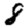
Digit: 8